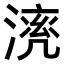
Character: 𣼠